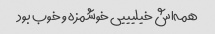
همه‌اش خیلیییی خوشمزه و خوب بود